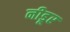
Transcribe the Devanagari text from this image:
नीडूर